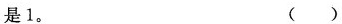
是1。( )